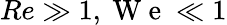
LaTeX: Re\gg 1,\mathrm{~W~e~}\ll 1